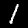
Label: 1